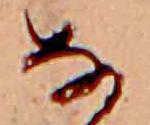
な